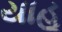
યાહૂ